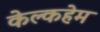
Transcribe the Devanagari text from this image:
केल्कहेम